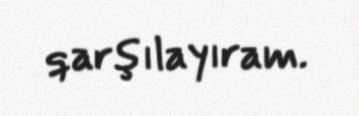
qarşılayıram.